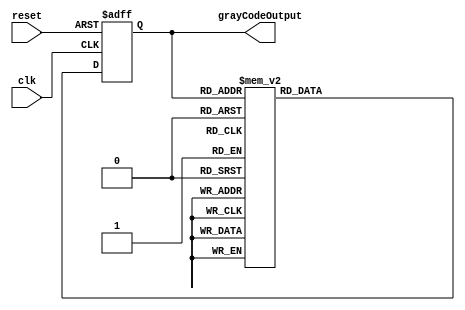
module GrayCodeRingCounter (
    input clk,
    input reset,
    output reg [3:0] grayCodeOutput
);

reg [3:0] currentState;

always @(posedge clk or posedge reset) begin
    if (reset) begin
        currentState <= 4'b0001; // Reset to specific state
    end else begin
        case (currentState)
            4'b0001: currentState <= 4'b0011;
            4'b0011: currentState <= 4'b0010;
            4'b0010: currentState <= 4'b0110;
            4'b0110: currentState <= 4'b0111;
            4'b0111: currentState <= 4'b0101;
            4'b0101: currentState <= 4'b0100;
            4'b0100: currentState <= 4'b1100;
            4'b1100: currentState <= 4'b1101;
            4'b1101: currentState <= 4'b1111;
            4'b1111: currentState <= 4'b1110;
            4'b1110: currentState <= 4'b1010;
            4'b1010: currentState <= 4'b1011;
            4'b1011: currentState <= 4'b1001;
            4'b1001: currentState <= 4'b1000;
            4'b1000: currentState <= 4'b0000;
            default: currentState <= 4'b0000;
        endcase
    end
end

assign grayCodeOutput = currentState;

endmodule